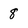
Character: 8